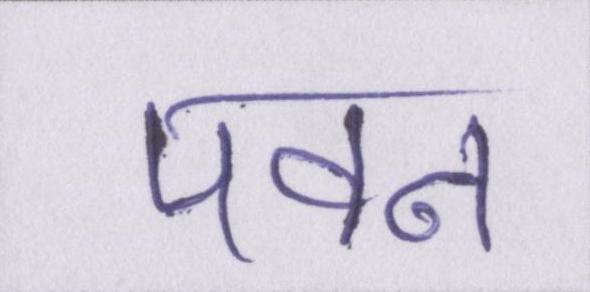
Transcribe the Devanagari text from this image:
पवन